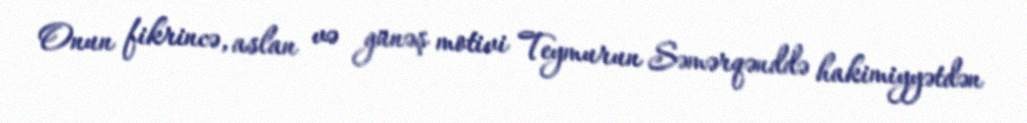
Onun fikrincə, aslan və günəş motivi Teymurun Səmərqənddə hakimiyyətdən